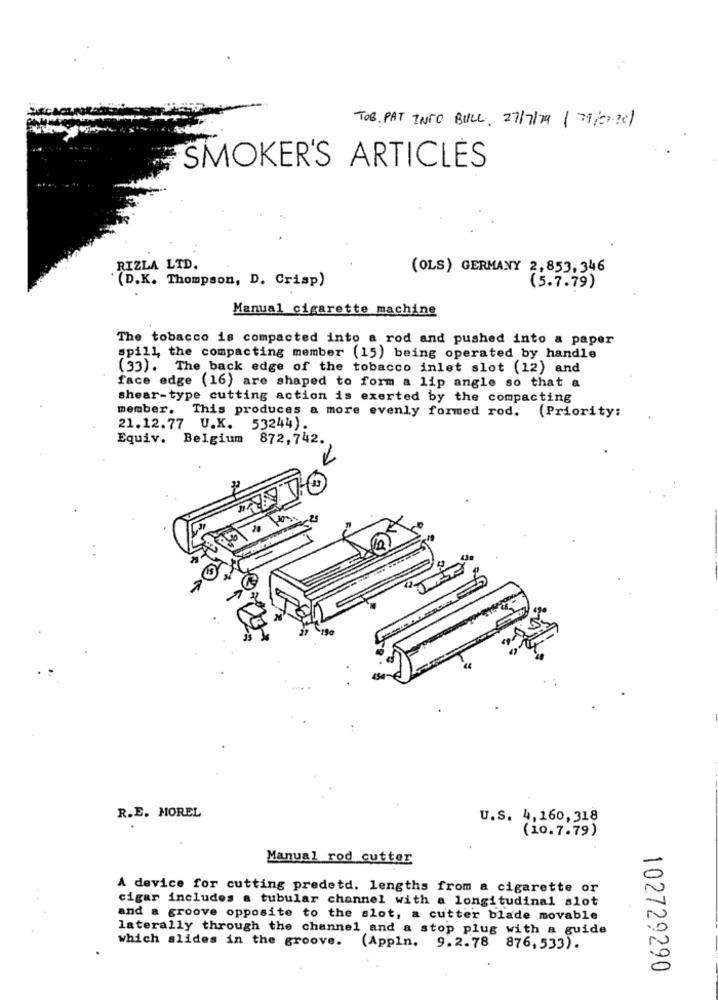
TOB. PAT INTO BULL. 27/7/79 | 79:27-201
SMOKER'S ARTICLES
RIZLA LTD.
(OLS) GERMANY 2,853,346
(D.K. Thompson, D. Crisp)
(5.7.79)
Manual cigarette machine
The tobacco is compacted into a rod and pushed into a paper
spill, the compacting member (15) being operated by handle
(33). The back edge of the tobacco inlet slot (12) and
face edge (16) are shaped to form a lip angle so that a
shear-type cutting action is exerted by the compacting
member. This produces a more evenly formed rod. (Priority:
21.12.77 U.K. 53244).
Equiv. Belgium 872,742.
R.E. MOREL
U.S. 4,160,318
(10.7.79)
Manual rod cutter
A device for cutting predetd. lengths from a cigarette or
cigar includes a tubular channel with a longitudinal slot
and a groove opposite to the slot, a cutter blade movable
laterally through the channel and a stop plug with a guide
which slides in the groove. (Appln. 9.2.78 876, 533).
102729290